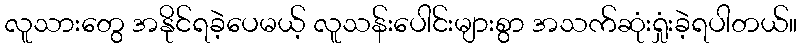
လူသားတွေ အနိုင်ရခဲ့ပေမယ့် လူသန်းပေါင်းများစွာ အသက်ဆုံးရှုံးခဲ့ရပါတယ်။